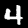
Label: 4